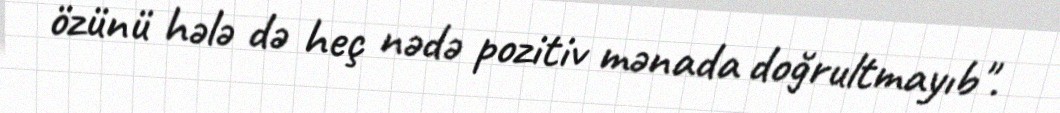
özünü hələ də heç nədə pozitiv mənada doğrultmayıb".